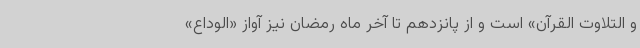
و التلاوت القرآن» است و از پانزدهم تا آخر ماه رمضان نیز آواز «الوداع»